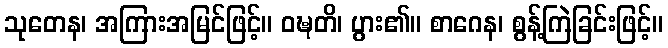
သုတေန၊ အကြားအမြင်ဖြင့်။ ဝဍ္ဎတိ၊ ပွား၏။ စာဂေန၊ စွန့်ကြဲခြင်းဖြင့်။